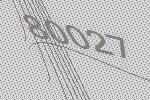
80027